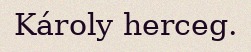
Károly herceg.